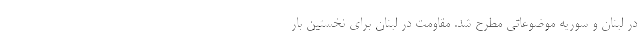
در لبنان و سوریه موضوعاتی مطرح شد. مقاومت در لبنان برای نخستین بار